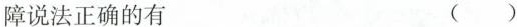
障说法正确的有 （）